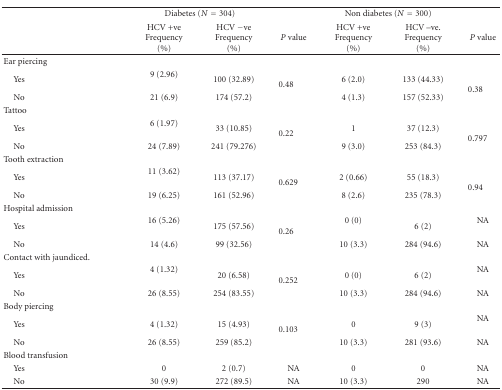
|  | <COLSPAN=2> Diabetes (N = 304) |  | <COLSPAN=2> Non diabetes (N = 300) |  |
 |  | HCV +veFrequency (%) | HCV −veFrequency (%) | P value | HCV +veFrequency (%) | HCV –ve. Frequency (%) | P value |
 | --- | --- | --- | --- | --- | --- | --- |
 | Ear piercing | <COLSPAN=6>  |
 | Yes | 9 (2.96) | 100 (32.89) | <ROWSPAN=2> 0.48 | 6 (2.0) | 133 (44.33) | <ROWSPAN=2> 0.38 |
 | No | 21 (6.9) | 174 (57.2) | 4 (1.3) | 157 (52.33) |
 | Tattoo | <COLSPAN=6>  |
 | Yes | 6 (1.97) | 33 (10.85) | <ROWSPAN=2> 0.22 | 1 | 37 (12.3) | <ROWSPAN=2> 0.797 |
 | No | 24 (7.89) | 241 (79.276) | 9 (3.0) | 253 (84.3) |
 | Tooth extraction | <COLSPAN=6>  |
 | Yes | 11 (3.62) | 113 (37.17) | <ROWSPAN=2> 0.629 | 2 (0.66) | 55 (18.3) | <ROWSPAN=2> 0.94 |
 | No | 19 (6.25) | 161 (52.96) | 8 (2.6) | 235 (78.3) |
 | Hospital admission | <COLSPAN=6>  |
 | Yes | 16 (5.26) | 175 (57.56) | <ROWSPAN=2> 0.26 | 0 (0) | 6 (2) | NA |
 | No | 14 (4.6) | 99 (32.56) | 10 (3.3) | 284 (94.6) | NA |
 | Contact with jaundiced. | <COLSPAN=6>  |
 | Yes | 4 (1.32) | 20 (6.58) | <ROWSPAN=2> 0.252 | 0 (0) | 6 (2) | NA |
 | No | 26 (8.55) | 254 (83.55) | 10 (3.3) | 284 (94.6) | NA |
 | Body piercing | <COLSPAN=6>  |
 | Yes | 4 (1.32) | 15 (4.93) | <ROWSPAN=2> 0.103 | 0 | 9 (3) | NA |
 | No | 26 (8.55) | 259 (85.2) | 10 (3.3) | 281 (93.6) | NA |
 | Blood transfusion | <COLSPAN=6>  |
 | Yes | 0 | 2 (0.7) | NA | 0 | 0 | NA |
 | No | 30 (9.9) | 272 (89.5) | NA | 10 (3.3) | 290 | NA |